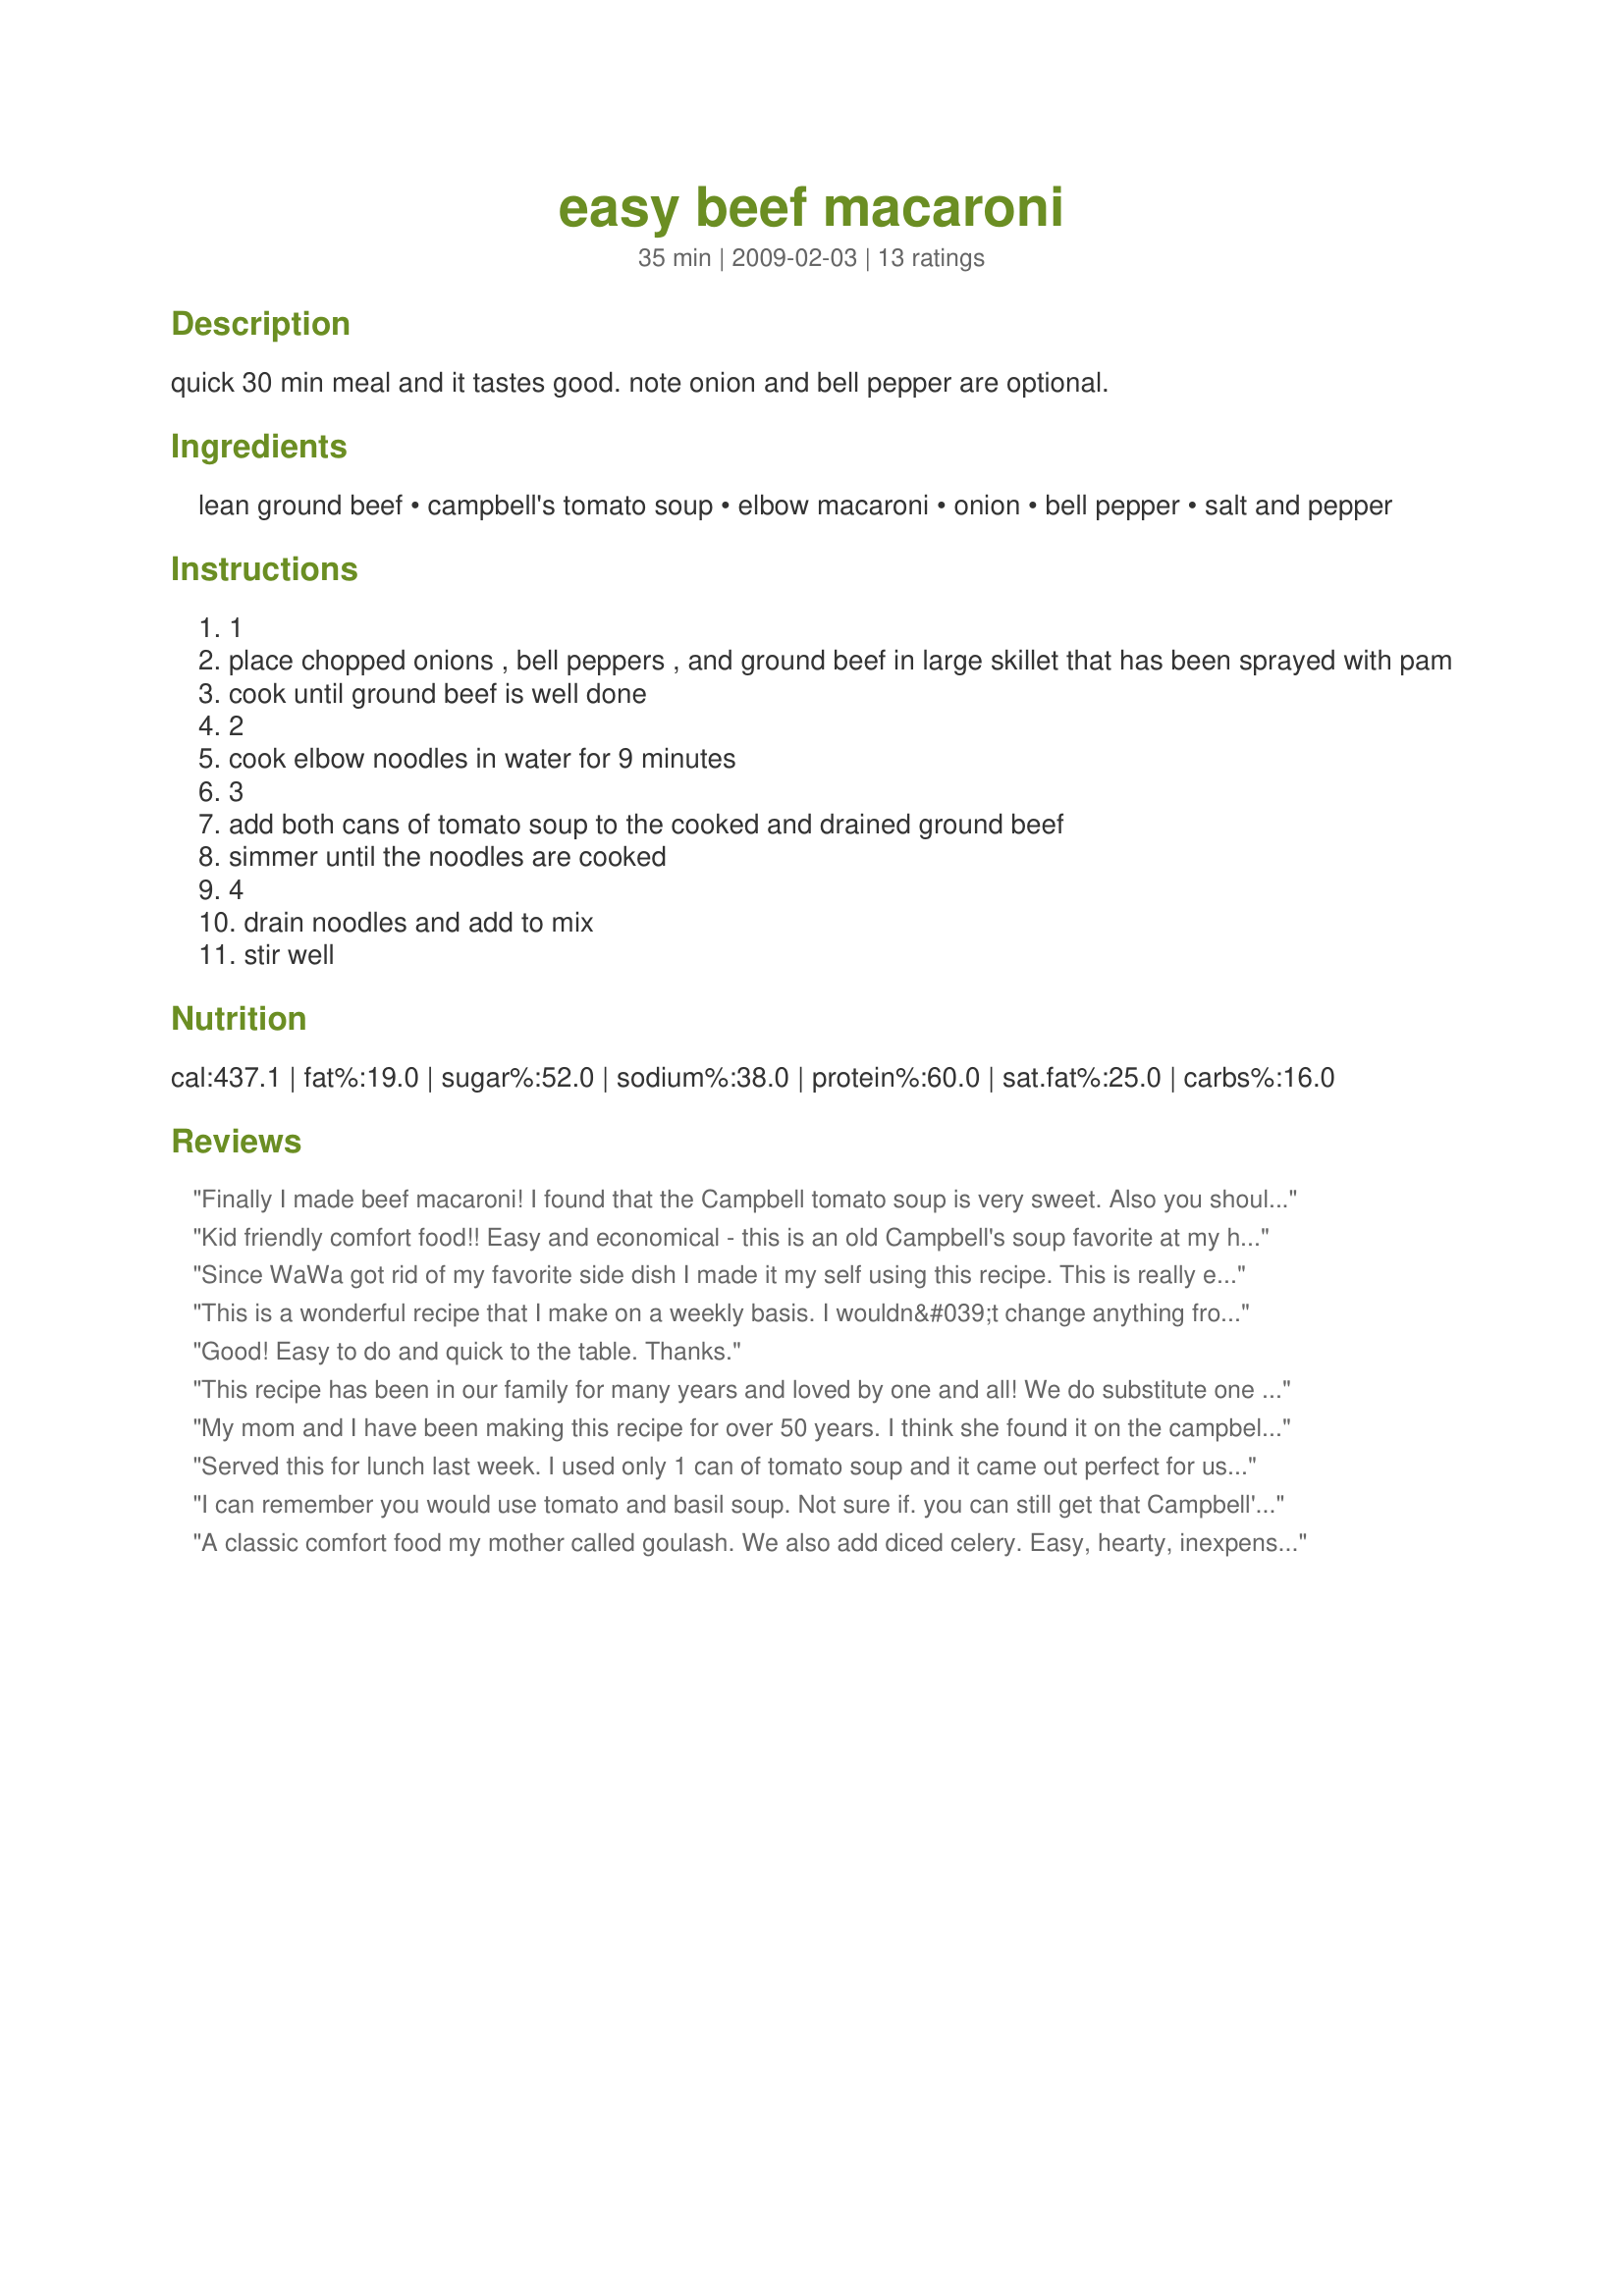
easy beef macaroni
Preparation time: 35 minutes

quick 30 min meal and it tastes good.
note onion and bell pepper are optional.

Ingredients:
lean ground beef, campbell's tomato soup, elbow macaroni, onion, bell pepper, salt and pepper

Steps:
1
place chopped onions , bell peppers , and ground beef in large skillet that has been sprayed with pam
cook until ground beef is well done
2
cook elbow noodles in water for 9 minutes
3
add both cans of tomato soup to the cooked and drained ground beef
simmer until the noodles are cooked
4
drain noodles and add to mix
stir well

Reviews:
Finally I made beef macaroni! I found that the Campbell tomato soup is very sweet. Also you should put in more of the tomato soup because if you’re going to refrigerate and warm this dish - it becomes a little dry. Cook macaroni according to its package rather than using this recipe
Kid friendly comfort food!! Easy and economical - this is an old Campbell's soup favorite at my home - I'm making it right now and I don't even have any kids here!!
Since WaWa got rid of my favorite side dish I made it my self using this recipe. This is really easy to make and I added a few dashes of Paprika for extra zest. Taste great!
This is a wonderful recipe that I make on a weekly basis. I wouldn&#039;t change anything from this recipe except I would strongly suggest to add the onion to give it a really good flavor. I find that sometimes children do not like the looks of the onion in this dish but I would suggest you grate the onion instead of having big chunks. Your children will never see the onion but it will be very tasty. A definite 5 star and for those with children very quick to make
Good! Easy to do and quick to the table. Thanks.
This recipe has been in our family for many years and loved by one and all! We do substitute one of the tomato soups for a can of diced tomatoes...otherwise it is exactly the same. We were raised calling this dish &quot;American Chop Suey&quot; . I am going to make this tonight!
My mom and I have been making this recipe for over 50 years. I think she found it on the campbells label years ago. We call it Hamburger Noodle Casserole. For some crazy reason my whole family loves this. Ground beef, tomato soup and elbows (we used creamettes).How much more simple can it get. I do use onions and green pepper also. It is a keeper.
Served this for lunch last week. I used only 1 can of tomato soup and it came out perfect for us, not swimming in sauce. The pepper gave the dish a nice sweet taste. I used the onion also. There was enough leftovers for another 'heat & serve meal'. I'll be making this for the kids again. Made for *New Kids On The Block 2009* game
I can remember you would use tomato and basil soup. Not sure if. you can still get that Campbell's soup.
A classic comfort food my mother called goulash. We also add diced celery. Easy, hearty, inexpensive, &amp; delicious.
Wow. Family loved it and so simple in a pinch. Added a bit of paprika and will be making this again.
Great flavor for such an easy meal. I did use the onion and green pepper and think they are a must to make this tasty. This is one of those meals that you can just make anytime, since the ingredients are things many people already have on hand. Thanx for posting!
Tomato soup mixes easier if you mix it with the cooked elbow macaroni first, THEN add the browned ground meat (make sure the ground meat is in small pieces). Mom made it for me when I was a kid (we called it jungle stew - don&#039;t know why)...still my favorite comfort food. I like it plain and simple (no additions).
